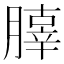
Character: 䐻